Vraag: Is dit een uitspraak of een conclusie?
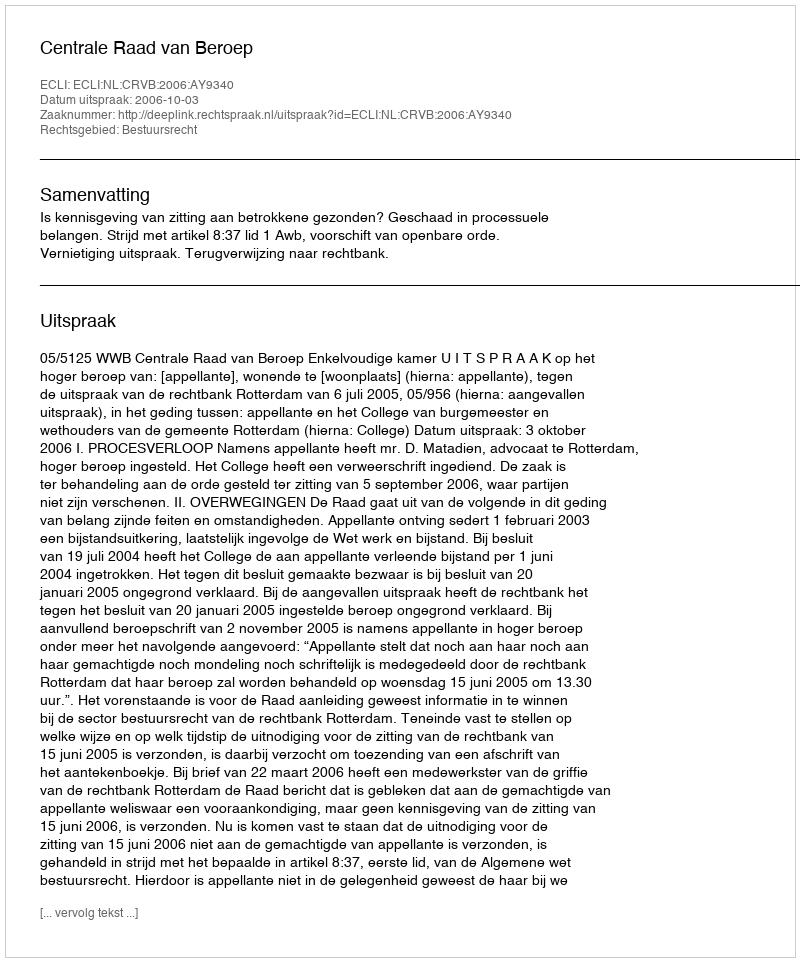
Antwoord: Uitspraak